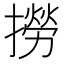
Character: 撈